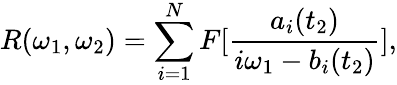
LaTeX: R(\omega_{1},\omega_{2})=\sum_{i=1}^{N}{F}[\frac{a_{i}(t_{2})}{i\omega_{1}-b_{i}(t_{2})}],